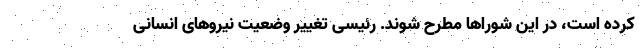
کرده است، در این شوراها مطرح شوند. رئیسی تغییر وضعیت نیروهای انسانی